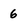
Character: 6